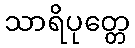
သာရိပုတ္တေ